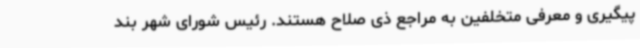
پیگیری و معرفی متخلفین به مراجع ذی صلاح هستند. رئیس شورای شهر بند